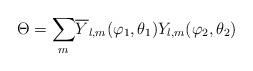
LaTeX: \begin{align*}\Theta={\displaystyle\sum\limits_{m}}\overline{Y}_{l,m}(\varphi_{1},\theta_{1})Y_{l,m}(\varphi_{2},\theta_{2})\end{align*}